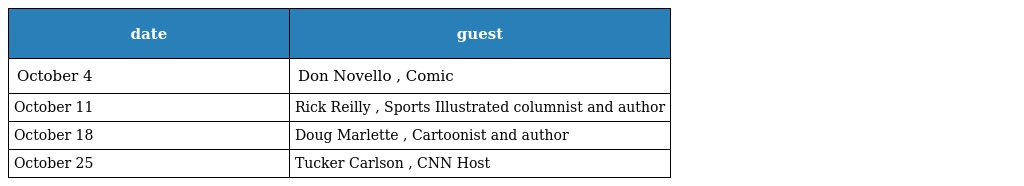
| date | guest |
 | --- | --- |
 | October 4 | Don Novello , Comic |
 | October 11 | Rick Reilly , Sports Illustrated columnist and author |
 | October 18 | Doug Marlette , Cartoonist and author |
 | October 25 | Tucker Carlson , CNN Host |